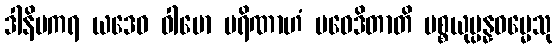
ဒါနိမကရ ယဒေဝ ဝါမော ပရိဏာဟံ ပဝေဒိတာတိ ပစ္စယုပ္ပန္နဓမ္မေသု